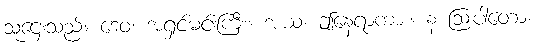
သူဌေးသည်။ ဒေဝ၊ အရှင်မင်းကြီး။ အယံ၊ ဤနေရာကား။ န ဩပါတော၊